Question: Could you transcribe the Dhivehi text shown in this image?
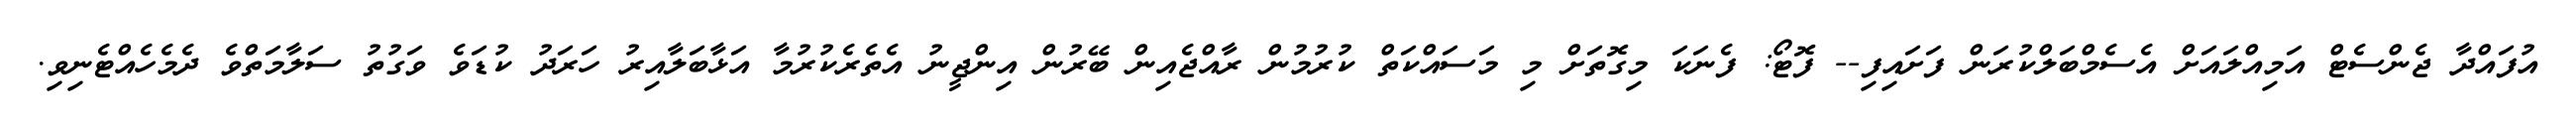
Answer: އުފައްދާ ޖެންސެޓް އަމިއްލައަށް އެސެމްބަލްކުރަން ފަށައިފި-- ފޮޓޯ: ފެނަކަ މިގޮތަށް މި މަސައްކަތް ކުރުމުން ރާއްޖެއިން ބޭރުން އިންޖީނު އެތެރެކުރުމާ އަޅާބަލާއިރު ހަރަދު ކުޑަވެ ވަގުތު ސަލާމަތްވެ ދެމެހެއްޓެނިވި.